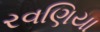
રવણિયા